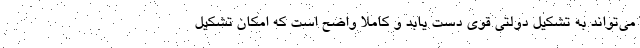
می‌تواند به تشکیل دولتی قوی دست ‌یابد و کاملاً واضح است که امکان تشکیل